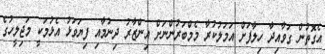
އެގޮތުން ގަވާއިދާ ހިލާފަށް އަމަލުކުރާ މެމްބަރުންނަށް އިންޒާރު ދިނުމާއި ފިޔަވަޅު އެޅުމަކީ މަޖިލީހުގެ